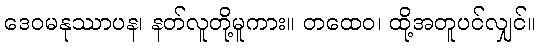
ဒေဝမနုဿာပန၊ နတ်လူတို့မူကား။ တထေဝ၊ ထို့အတူပင်လျှင်။